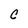
Character: C